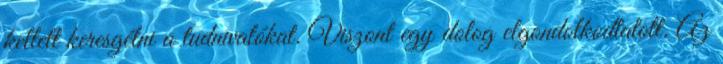
kellett keresgélni a tudnivalókat. Viszont egy dolog elgondolkodtatott. Az